Report of an investigation into the causes of the diseases known in Assam as Kála-Azár and Beri-Beri
Disease focus: Beri-Beri
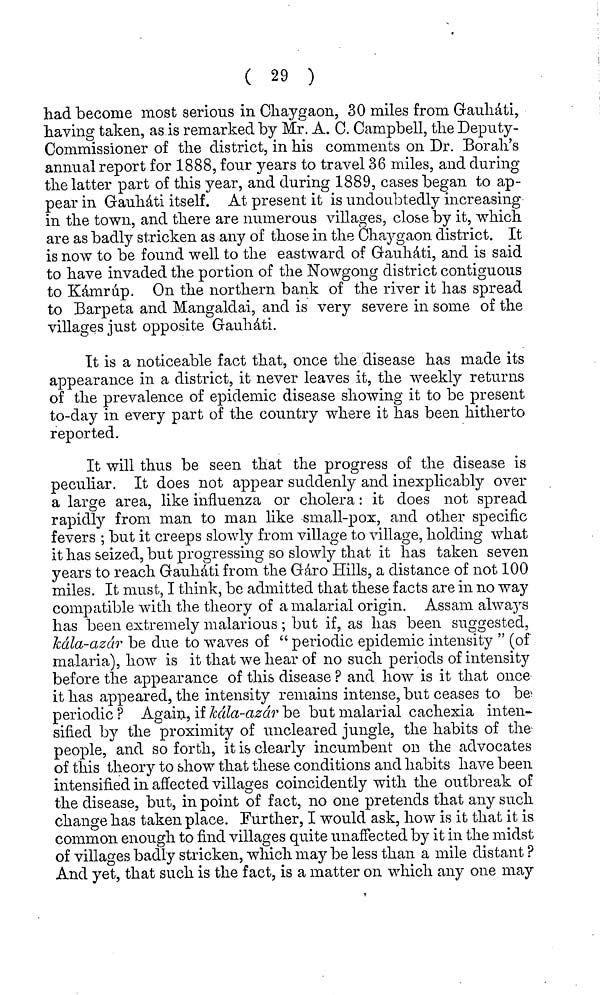
( 29 )
had become most serious in Chaygaon, 30 miles from Gauhàti,
having taken, as is remarked by Mr. A. C. Campbell, the Deputy-
Commissioner of the district, in his comments on Dr. Borah's
annual report for 1888, four years to travel 36 miles, and during
the latter part of this year, and during 1889, cases began to ap-
pear in Gauhàti itself. At present it is undoubtedly increasing
in the town, and there are numerous villages, close by it, which
are as badly stricken as any of those in the Chaygaon district. It
is now to be found well to the eastward of Gauhàti, and is said
to have invaded the portion of the Nowgong district contiguous
to Kámrúp. On the northern bank of the river it has spread
to Barpeta and Mangaldai, and is very severe in some of the
villages just opposite Gauháti.
It is a noticeable fact that, once the disease has made its
appearance in a district, it never leaves it, the weekly returns
of the prevalence of epidemic disease showing it to be present
to-day in every part of the country where it has been hitherto
reported.
It will thus be seen that the progress of the disease is
peculiar. It does not appear suddenly and inexplicably over
a large area, like influenza or cholera : it does not spread
rapidly from man to man like small-pox, and other specific
fevers ; but it creeps slowly from village to village, holding what
it has seized, but progressing so slowly that it has taken seven
years to reach Gauháti from the Gáro Hills, a distance of not 100
miles. It must, I think, be admitted that these facts are in no way
compatible with the theory of a malarial origin. Assam always
has been extremely malarious ; but if, as has been suggested,
Kála-azár be due to waves of " periodic epidemic intensity " (of
malaria), how is it that we hear of no such periods of intensity
before the appearance of this disease ? and how is it that once
it has appeared, the intensity remains intense, but ceases to be
periodic ? Again, if Kála-azár be but malarial cachexia inten-
sified by the proximity of uncleared jungle, the habits of the
people, and so forth, it is clearly incumbent on the advocates
of this theory to show that these conditions and habits have been
intensified in affected villages coincidently with the outbreak of
the disease, but, in point of fact, no one pretends that any such
change has taken place. Further, I would ask, how is it that it is
common enough to find villages quite unaffected by it in the midst
of villages badly stricken, which may be less than a mile distant ?
And yet, that such is the fact, is a matter on which any one may